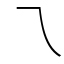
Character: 乁